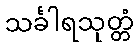
သင်္ခါရသုတ္တံ